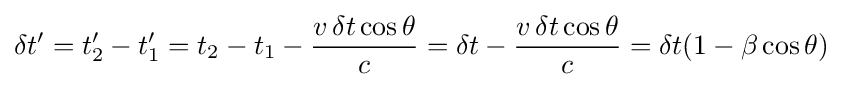
\delta t'=t_{2}'-t_{1}'=t_{2}-t_{1}-{\frac {v\,\delta t\cos \theta }{c}}=\delta t-{\frac {v\,\delta t\cos \theta }{c}}=\delta t(1-\beta \cos \theta )